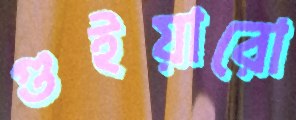
গুইয়ারো